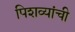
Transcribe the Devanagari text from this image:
पिशव्यांची